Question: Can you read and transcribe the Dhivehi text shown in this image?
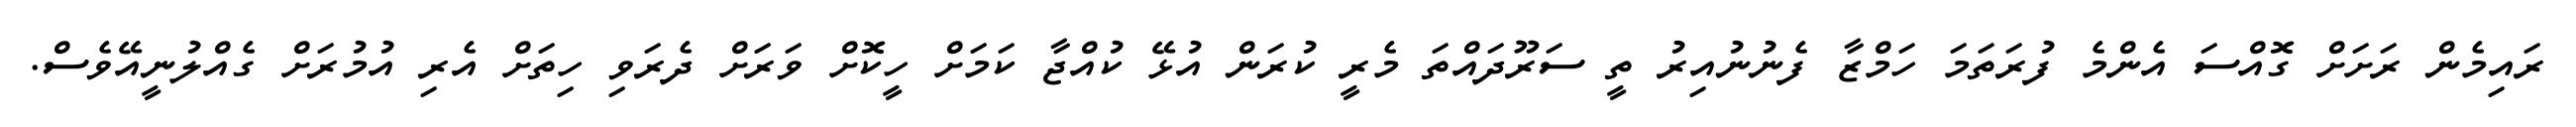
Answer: ރައިމެން ރަށަށް ގޮއްސަ އެންމެ ފުރަތަމަ ހަމްޒާ ފެނުނުއިރު ތީ ސަރޫދައްތަ މެރީ ކުރަން އުޅޭ ކުއްޖާ ކަމަށް ހީކޮށް ވަރަށް ދެރަވި ހިތަށް އެރި އުމުރަށް ގެއްލުނީއޭވެސް.